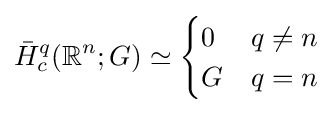
{\bar {H}}_{c}^{q}(\mathbb {R} ^{n};G)\simeq {\begin{cases}0&q\neq n\\G&q=n\end{cases}}